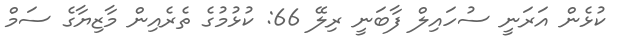
ކުޅެން އަރަނީ ސުހައިލް ފާބަނީ ރިލޭ 66: ކުޅުމުގެ ތެރެއިން މާޒިޔާގެ ސަމް